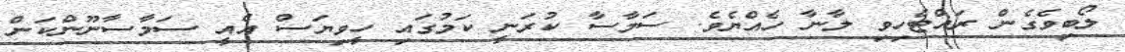
ލޯބިވެގެން ރައްޓެހިވި ލާނާ ހެއްޔެވެ. ސަމާސާ ކުރަނީ ކަމުގައި ހީވިޔަސް އެއީ ސަމާސާނޫންކަން